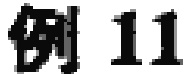
例 11